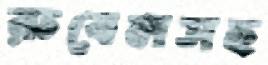
রুবেলসহ